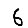
Digit: 6